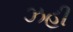
ઝહી